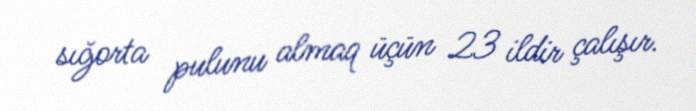
sığorta pulunu almaq üçün 23 ildir çalışır.